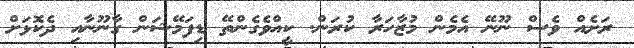
ރަށެއް ވެސް ނޫނޭ އެމެން މުޒާހަރާ ކުރަން. ކީއްވެގެންތޭ ޑިފަމޭޝަން ގާނޫނާއި ދެކޮޅަށް